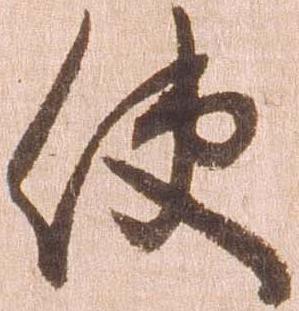
使